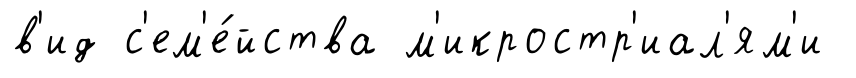
в'ид с'ем'е́йства м'икростр'иал'ям'и